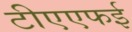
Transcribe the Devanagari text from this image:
टीएएफई